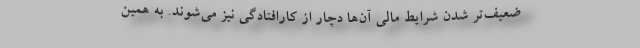
ضعیف‌تر شدن شرایط مالی آن‌ها دچار از کارافتادگی نیز می‌شوند. به همین